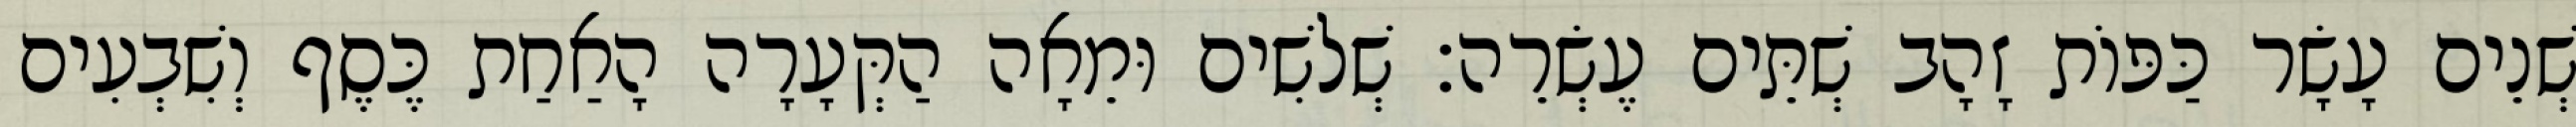
שְׁנֵים עָשָׂר כַּפּוֹת זָהָב שְׁתֵּים עֶשְׂרֵה׃ שְׁלשִׁים וּמֵאָה הַקְּעָרָה הָאַחַת כֶּסֶף וְשִׁבְעִים